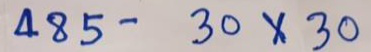
485 - 30 x 30